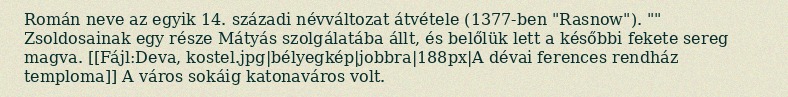
Román neve az egyik 14. századi névváltozat átvétele (1377-ben "Rasnow"). "" Zsoldosainak egy része Mátyás szolgálatába állt, és belőlük lett a későbbi fekete sereg magva. [[Fájl:Deva, kostel.jpg|bélyegkép|jobbra|188px|A dévai ferences rendház temploma]] A város sokáig katonaváros volt.